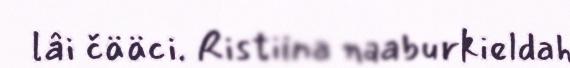
lâi čääci. Ristiina naaburkieldah